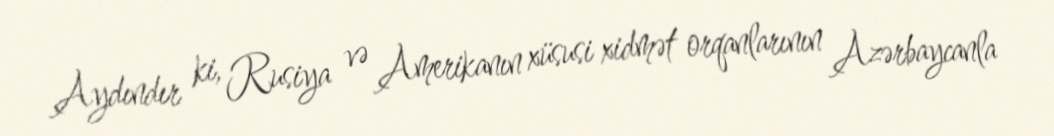
Aydındır ki, Rusiya və Amerikanın xüsusi xidmət orqanlarının Azərbaycanla